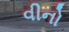
વીનો